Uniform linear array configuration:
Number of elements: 48
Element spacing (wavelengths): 1
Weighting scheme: binomial
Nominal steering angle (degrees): -15
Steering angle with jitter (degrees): -16.433
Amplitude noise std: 0.05
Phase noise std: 0.05

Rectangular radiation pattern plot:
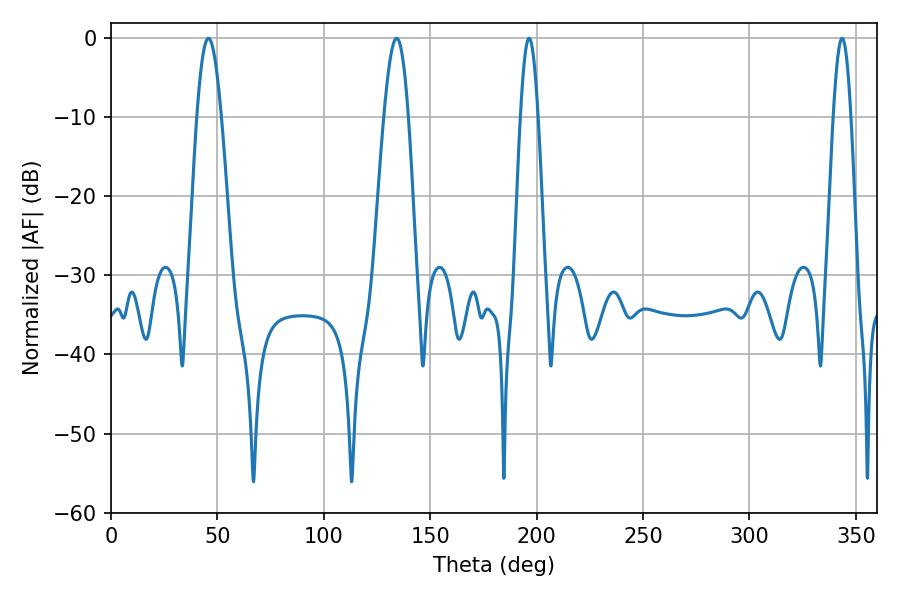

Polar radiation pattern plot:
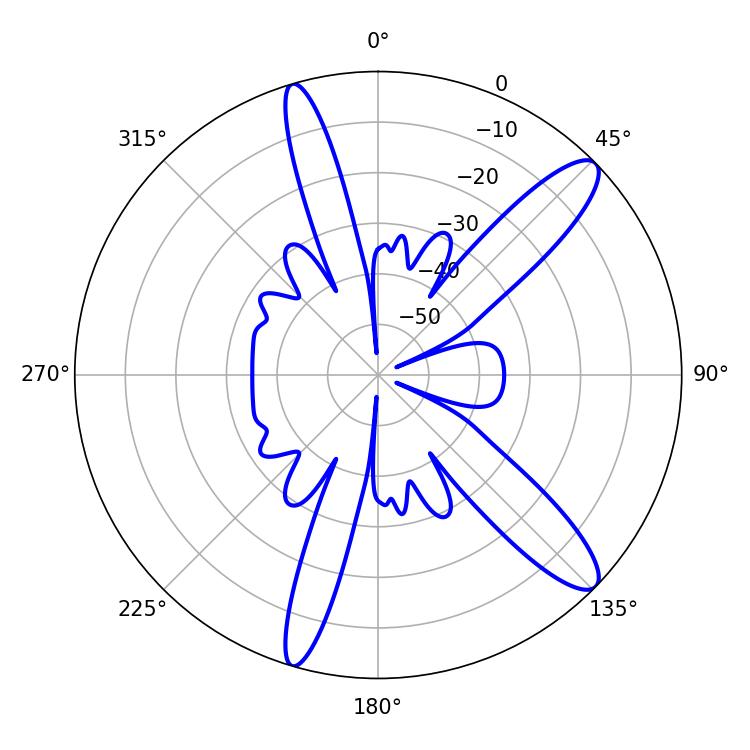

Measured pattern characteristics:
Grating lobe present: TRUE
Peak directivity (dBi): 12.187
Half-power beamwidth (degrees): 6.12
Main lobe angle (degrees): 45.72